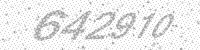
Solution: 642910